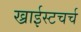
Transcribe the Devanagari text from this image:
ख्राईस्टचर्च